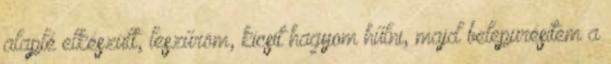
alaplé elkészült, leszűröm, kicsit hagyom hűlni, majd belepürésítem a